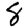
Digit: 8